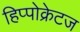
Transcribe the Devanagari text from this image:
हिप्पोक्रेटज